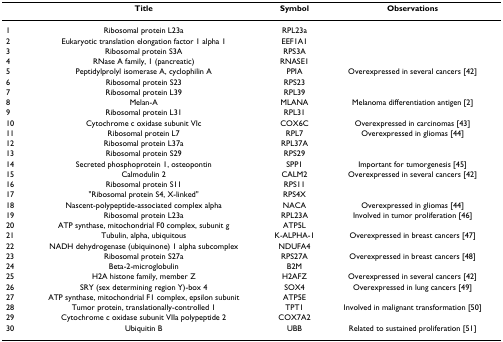
<table><thead><tr><td></td><td><b>Title</b></td><td><b>Symbol</b></td><td><b>Observations</b></td></tr></thead><tbody><tr><td>1</td><td>Ribosomal protein L23a</td><td>RPL23a</td><td></td></tr><tr><td>2</td><td>Eukaryotic translation elongation factor 1 alpha 1</td><td>EEF1A1</td><td></td></tr><tr><td>3</td><td>Ribosomal protein S3A</td><td>RPS3A</td><td></td></tr><tr><td>4</td><td>RNase A family, 1 (pancreatic)</td><td>RNASE1</td><td></td></tr><tr><td>5</td><td>Peptidylprolyl isomerase A, cyclophilin A</td><td>PPIA</td><td>Overexpressed in several cancers [42]</td></tr><tr><td>6</td><td>Ribosomal protein S23</td><td>RPS23</td><td></td></tr><tr><td>7</td><td>Ribosomal protein L39</td><td>RPL39</td><td></td></tr><tr><td>8</td><td>Melan-A</td><td>MLANA</td><td>Melanoma differentiation antigen [2]</td></tr><tr><td>9</td><td>Ribosomal protein L31</td><td>RPL31</td><td></td></tr><tr><td>10</td><td>Cytochrome c oxidase subunit VIc</td><td>COX6C</td><td>Overexpressed in carcinomas [43]</td></tr><tr><td>11</td><td>Ribosomal protein L7</td><td>RPL7</td><td>Overexpressed in gliomas [44]</td></tr><tr><td>12</td><td>Ribosomal protein L37a</td><td>RPL37A</td><td></td></tr><tr><td>13</td><td>Ribosomal protein S29</td><td>RPS29</td><td></td></tr><tr><td>14</td><td>Secreted phosphoprotein 1, osteopontin</td><td>SPP1</td><td>Important for tumorgenesis [45]</td></tr><tr><td>15</td><td>Calmodulin 2</td><td>CALM2</td><td>Overexpressed in several cancers [42]</td></tr><tr><td>16</td><td>Ribosomal protein S11</td><td>RPS11</td><td></td></tr><tr><td>17</td><td>&quot;Ribosomal protein S4, X-linked&quot;</td><td>RPS4X</td><td></td></tr><tr><td>18</td><td>Nascent-polypeptide-associated complex alpha</td><td>NACA</td><td>Overexpressed in gliomas [44]</td></tr><tr><td>19</td><td>Ribosomal protein L23a</td><td>RPL23A</td><td>Involved in tumor proliferation [46]</td></tr><tr><td>20</td><td>ATP synthase, mitochondrial F0 complex, subunit g</td><td>ATP5L</td><td></td></tr><tr><td>21</td><td>Tubulin, alpha, ubiquitous</td><td>K-ALPHA-1</td><td>Overexpressed in breast cancers [47]</td></tr><tr><td>22</td><td>NADH dehydrogenase (ubiquinone) 1 alpha subcomplex</td><td>NDUFA4</td><td></td></tr><tr><td>23</td><td>Ribosomal protein S27a</td><td>RPS27A</td><td>Overexpressed in breast cancers [48]</td></tr><tr><td>24</td><td>Beta-2-microglobulin</td><td>B2M</td><td></td></tr><tr><td>25</td><td>H2A histone family, member Z</td><td>H2AFZ</td><td>Overexpressed in several cancers [42]</td></tr><tr><td>26</td><td>SRY (sex determining region Y)-box 4</td><td>SOX4</td><td>Overexpressed in lung cancers [49]</td></tr><tr><td>27</td><td>ATP synthase, mitochondrial F1 complex, epsilon subunit</td><td>ATP5E</td><td></td></tr><tr><td>28</td><td>Tumor protein, translationally-controlled 1</td><td>TPT1</td><td>Involved in malignant transformation [50]</td></tr><tr><td>29</td><td>Cytochrome c oxidase subunit VIIa polypeptide 2</td><td>COX7A2</td><td></td></tr><tr><td>30</td><td>Ubiquitin B</td><td>UBB</td><td>Related to sustained proliferation [51]</td></tr></tbody></table>